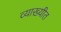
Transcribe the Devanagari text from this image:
व्याख्यीत